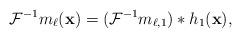
LaTeX: \begin{align*} \mathcal F^{-1} m_\ell (\mathbf x)= (\mathcal F^{-1} m_{\ell, 1})* h_1(\mathbf x),\end{align*}